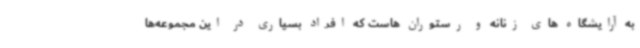
به آرایشگاه های زنانه و رستوران هاست که افراد بسیاری در این مجموعه‌ها